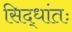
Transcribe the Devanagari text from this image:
सिद्धांतः